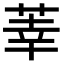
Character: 𫈐